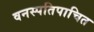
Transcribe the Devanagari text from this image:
वनस्पतिपाचित